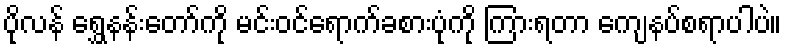
ပိုလန် ရွှေနန်းတော်ကို မင်းဝင်ရောက်ခစားပုံကို ကြားရတာ ကျေနပ်စရာပါပဲ။